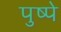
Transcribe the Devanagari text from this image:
पुष्पे